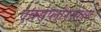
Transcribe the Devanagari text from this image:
एक्सप्लोररपेक्षा